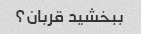
ببخشید قربان؟